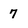
Character: 7